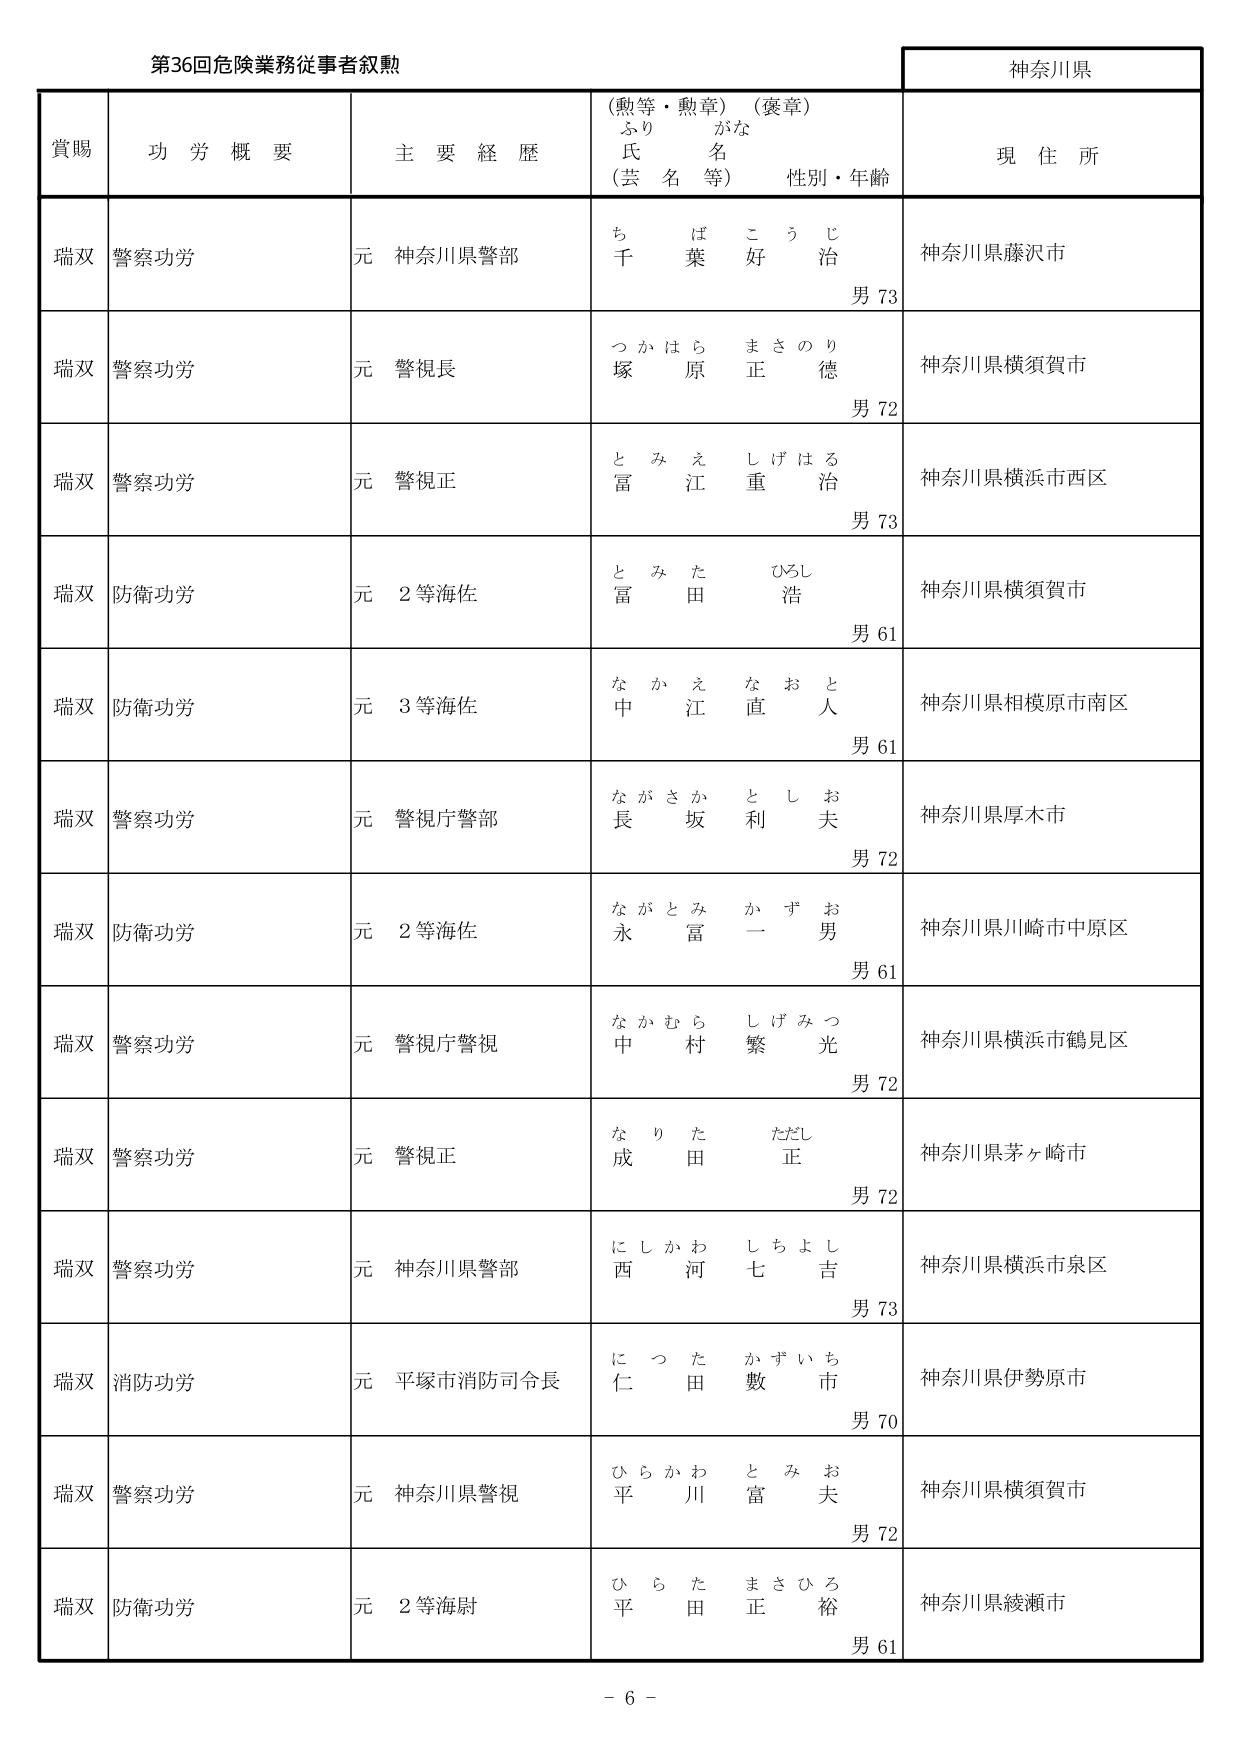
第36回危険業務従事者叙勲

神奈川県

賞賜　功労概要　主要経歴　（勲等・勲章）（褒章）　現住所
　　　　　　　　　　　ふりがな　氏名（芸名等）　性別・年齢

瑞双　警察功労　元 神奈川県警部　ちば こうじ　千葉 好治　男 73　神奈川県藤沢市

瑞双　警察功労　元 警視長　つかはら まさのり　塚原 正徳　男 72　神奈川県横須賀市

瑞双　警察功労　元 警視正　とみえ しげはる　富江 重治　男 73　神奈川県横浜市西区

瑞双　防衛功労　元 2等海佐　とみた ひろし　冨田 浩　男 61　神奈川県横須賀市

瑞双　防衛功労　元 3等海佐　なかえ なおと　中江 直人　男 61　神奈川県相模原市南区

瑞双　警察功労　元 警視庁警部　ながさか としお　長坂 利夫　男 72　神奈川県厚木市

瑞双　防衛功労　元 2等海佐　ながとみ かずお　永冨 一男　男 61　神奈川県川崎市中原区

瑞双　警察功労　元 警視庁警視　なかむら しげみつ　中村 繁光　男 72　神奈川県横浜市鶴見区

瑞双　警察功労　元 警視正　なりた ただし　成田 正　男 72　神奈川県茅ヶ崎市

瑞双　警察功労　元 神奈川県警部　にしかわ しちよし　西河 七吉　男 73　神奈川県横浜市泉区

瑞双　消防功労　元 平塚市消防司令長　につた かずいち　仁田 數市　男 70　神奈川県伊勢原市

瑞双　警察功労　元 神奈川県警視　ひらかわ とみお　平川 富夫　男 72　神奈川県横須賀市

瑞双　防衛功労　元 2等海尉　ひらた まさひろ　平田 正裕　男 61　神奈川県綾瀬市

－ 6 －